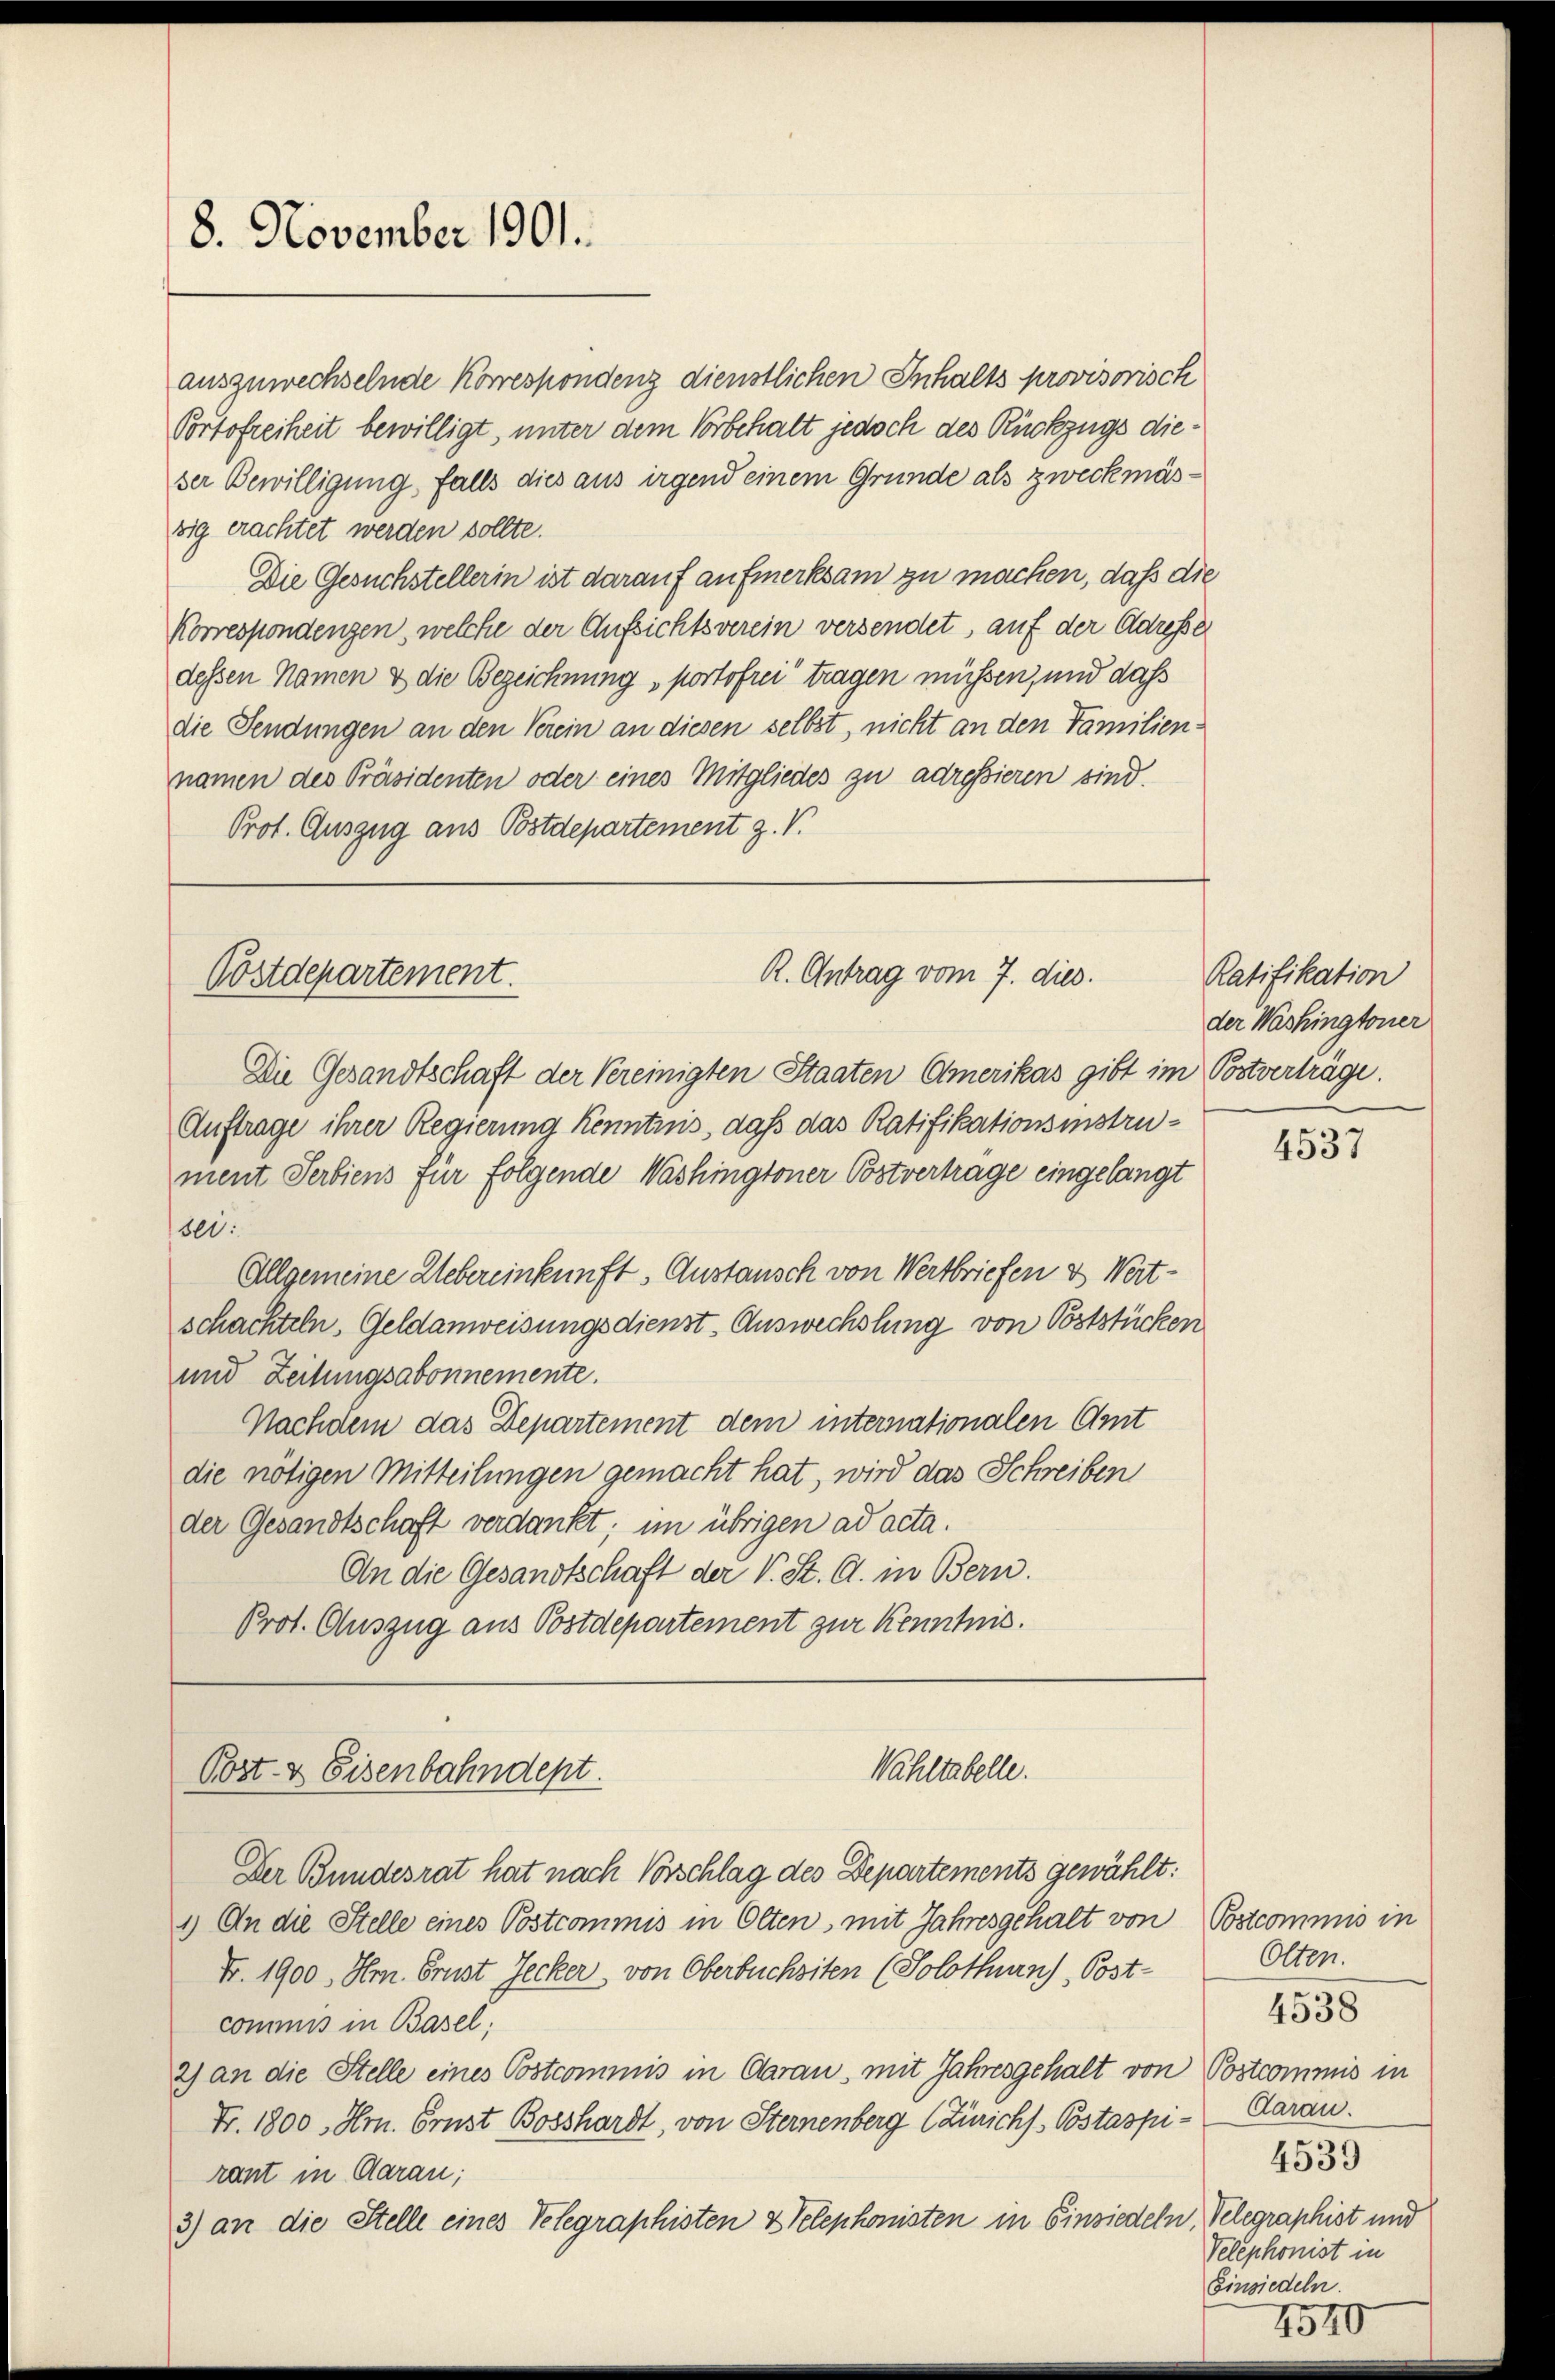
8. November 1901.

auszuwechselnde Korrespondenz dienstlichen Inhalts provisorisch
Portofreiheit bewilligt, unter dem Vorbehalt jedoch des Rückzugs dieser Bewilligung, falls dies aus irgend einem Gründe als zweckmäszig erachtet werden sollte.
Die Gesuchstellerin ist darauf aufmerksam zu machen, daß die
Korrespondenzen, welche der Aufsichtsverein versendet, auf der Adresser
dessen Namen & die Bezeichnung portofrei tragen müssen, und das
die Sendungen an den Verein an diesen selbst, nicht an den Familiennamen des Präsidenten oder eines Mitgliedes zu adressieren sind.
Prot. Auszug aus Bstdepartement z. V.

R. Antrag vom 7. dies.
Postdepartement.

Post & Eisenbahndept.

Die Gesandtschaft der Vereinigten Staaten Amerikas gibt im Postverträge.
Auftrage ihrer Regierung Kenntnis, daß das Ratifikationsinstrument Serbiens für folgende Washingtoner Postvertrage eingelangt
sei.
Allgemeine Uebereinkunft. Austausch von Wertbriefen & Wert-
schachteln. Geldanweisungsdienst-Auswechslung von Poststücken
und Zeitungsabonnemente.
Nachdem das Departement dem internationalen Amt
die nötigen Mitteilungen gemacht hat, wird das Schreiben
der Gesandtschaft verdankt; im übrigen ad acta.
An die Gesandtschaft der V. St. G. in Bern.
Prot. Auszug aus Postdepartement zur Kenntnis.

Wahltabelle.

Der Bundesrat hat nach Vorschlag des Departements gewählt:
1.) An die Stelle eines Postcommis in Olten, mit Jahresgehalt von
Fr. 1900, Hr. Brust Jecker, von Oberbuchsiten (Solothurn), Post-
commis in Basel;
2) an die Stelle eines Postcommis in darau, mit Jahresgehalt von Postcommis in
Fr. 1800, Hrn. Ernst Bosshardt, von Sternenberg (Zürichs Postaspi- Daran.
rant in darau;
3) an die Stelle eines Telegraphisten 2 Telephonisten in Einsiedeln, Telegraphist und

Ratifikation
der Washingtoner

4537

Postcommis in
Olten.
4538
4539
Velephonist in
Einsiedeln.
1540